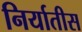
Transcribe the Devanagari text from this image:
निर्यातीस